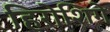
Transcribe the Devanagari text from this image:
हिरोशिगे